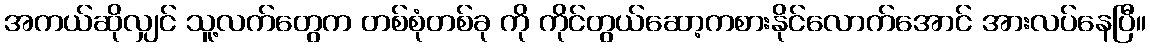
အကယ်ဆိုလျှင် သူ့လက်တွေက တစ်စုံတစ်ခု ကို ကိုင်တွယ်ဆော့ကစားနိုင်လောက်အောင် အားလပ်နေပြီ။